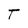
Character: T